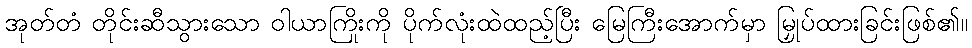
အုတ်တံ တိုင်းဆီသွားသော ဝါယာကြိုးကို ပိုက်လုံးထဲထည့်ပြီး မြေကြီးအောက်မှာ မြှုပ်ထားခြင်းဖြစ်၏။